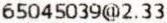
65045039@2.33